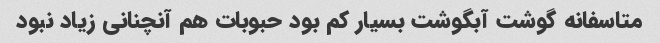
متاسفانه گوشت آبگوشت بسیار کم بود حبوبات هم آنچنانی زیاد نبود